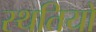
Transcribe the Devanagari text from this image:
स्‍थतियों